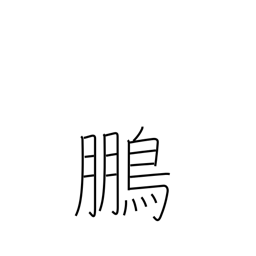
Meaning: phoenix